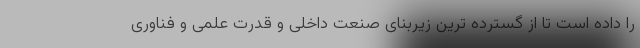
را داده است تا از گسترده ترین زیربنای صنعت داخلی و قدرت علمی و فناوری